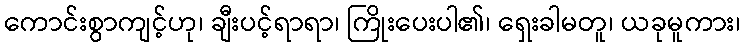
ကောင်းစွာကျင့်ဟု၊ ချီးပင့်ရာရာ၊ ကြိုးပေးပါ၏၊ ရှေးခါမတူ၊ ယခုမူကား၊